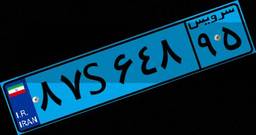
۱۱S۱۴۴۰۱